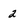
Character: 2